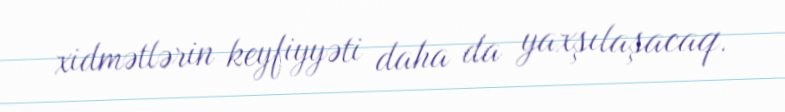
xidmətlərin keyfiyyəti daha da yaxşılaşacaq.